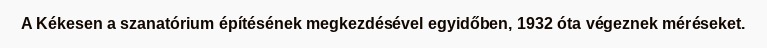
A Kékesen a szanatórium építésének megkezdésével egyidőben, 1932 óta végeznek méréseket.